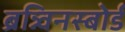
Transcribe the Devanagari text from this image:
ब्रन्न्विनस्बोर्ड